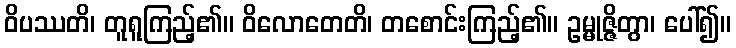
ဝိပဿတိ၊ တူရူကြည့်၏။ ဝိလောတေတိ၊ တစောင်းကြည့်၏။ ဥမ္မုဇ္ဇိတွာ၊ ပေါ်၍။